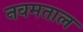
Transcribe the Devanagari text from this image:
नवमताल